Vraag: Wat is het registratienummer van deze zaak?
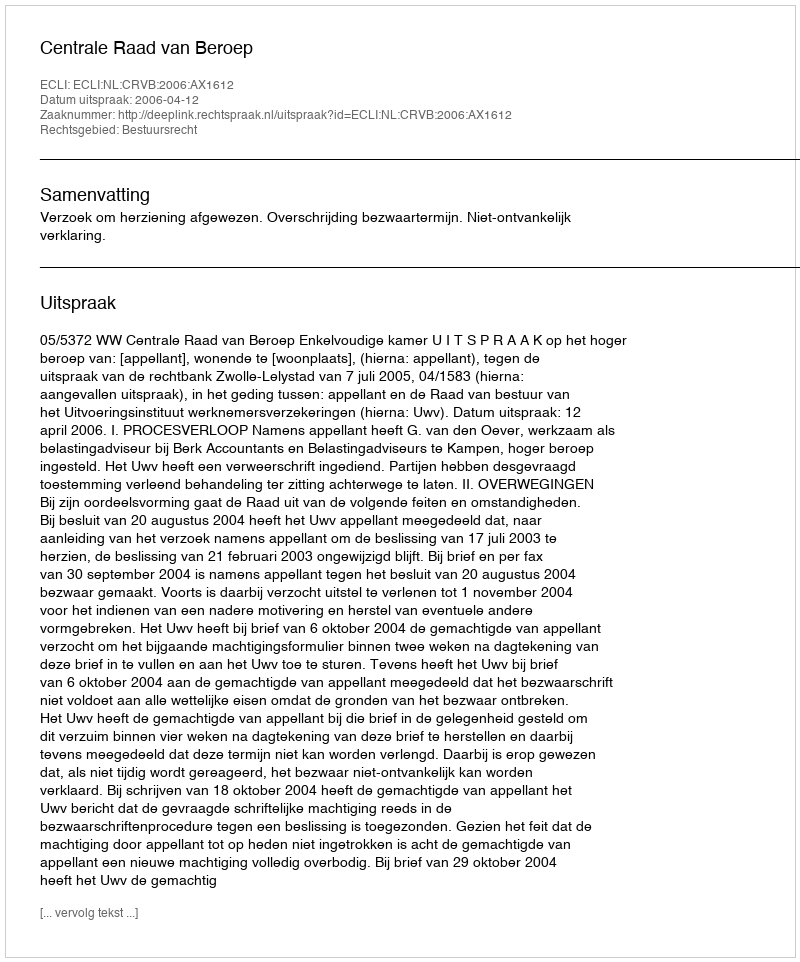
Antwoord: http://deeplink.rechtspraak.nl/uitspraak?id=ECLI:NL:CRVB:2006:AX1612